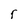
Character: r